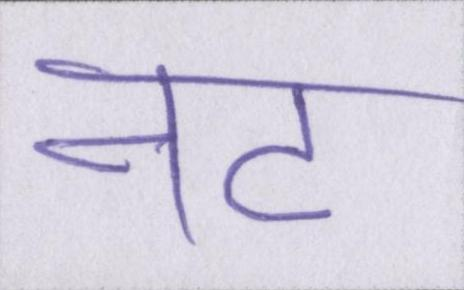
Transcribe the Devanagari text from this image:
नट